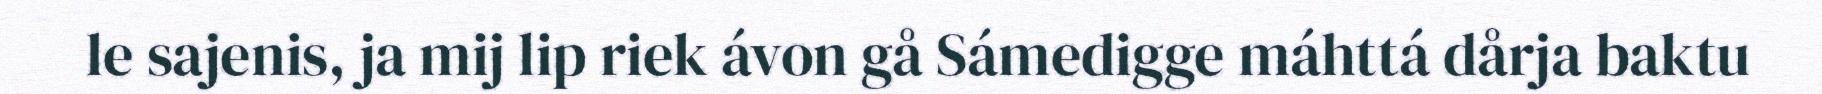
le sajenis, ja mij lip riek ávon gå Sámedigge máhttá dårja baktu